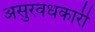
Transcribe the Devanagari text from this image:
असुरवधकारी